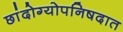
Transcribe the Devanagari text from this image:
छांदोग्योपनिषदात